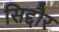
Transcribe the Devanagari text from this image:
सिद्दौर